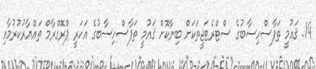
14. ޤައުމީ ތަފާސްހިސާބުގެ ސްޓްރެޓަޖީތަކަށް ބިނާކޮށް ޤައުމީ ތަފާސްހިސާބުގެ އަހަރީ ޕްރޮގްރާމް ތައްޔާރުކުރުމާއި